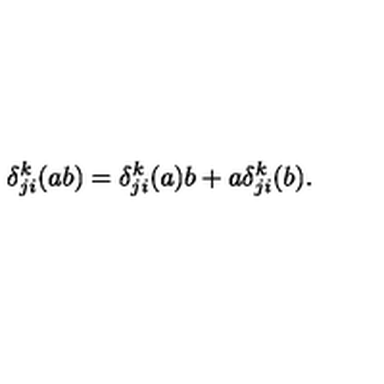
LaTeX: \delta _ { j i } ^ { k } ( a b ) = \delta _ { j i } ^ { k } ( a ) b + a \delta _ { j i } ^ { k } ( b ) .